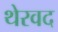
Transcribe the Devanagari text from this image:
थेरवद